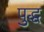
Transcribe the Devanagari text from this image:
पुद्ध